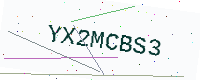
Text: YX2MCBS3